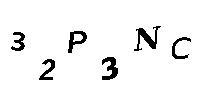
32P3NC